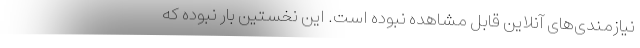
نیازمندی‌های آنلاین قابل مشاهده نبوده است. این نخستین بار نبوده که